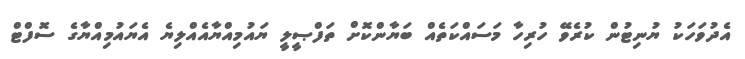
އެދުވަހަކު ޔުނިޓުން ކުރެވޭ ހުރިހާ މަސައްކަތެއް ބަޔާންކޮށް ތަފްޞީލީ ޔައުމިއްޔާއެއްލިޔެ އެޔައުމިއްޔާގެ ސޮފްޓް